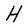
Character: H